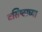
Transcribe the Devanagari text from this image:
वसिष्ठाच्या